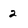
Character: 2